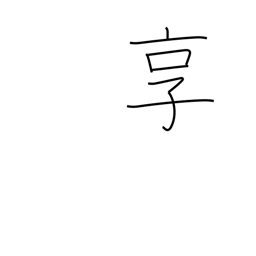
Meaning: get